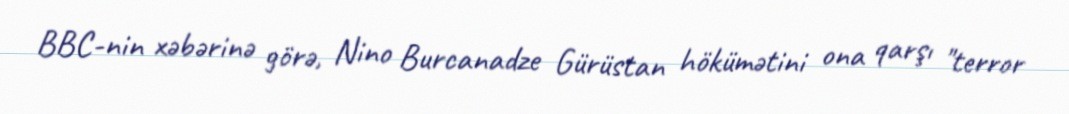
BBC-nin xəbərinə görə, Nino Burcanadze Gürüstan hökümətini ona qarşı "terror